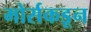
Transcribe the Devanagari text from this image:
मोर्सकडून